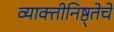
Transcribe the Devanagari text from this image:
व्याक्तीनिष्ठ्तेचे